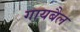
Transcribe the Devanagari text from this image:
गायबैल